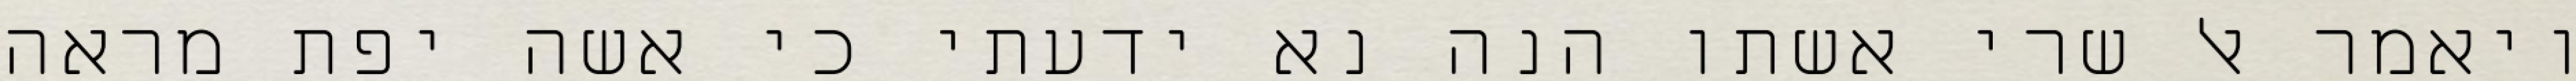
ויאמר אל שרי אשתו הנה נא ידעתי כי אשה יפת מראה